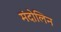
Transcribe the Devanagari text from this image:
मंदोलिन